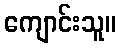
ကျောင်းသူ။